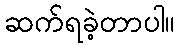
ဆက်ရခဲ့တာပါ။